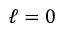
\ell = 0